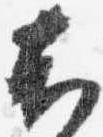
右